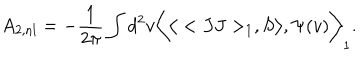
A _ { 2 , \mathrm { n l } } = - { \frac { 1 } { 2 \pi } } \int d ^ { 2 } v \bigg < \big < < J J > _ { 1 } , S \big > , \Psi ( v ) \bigg > _ { 1 } .